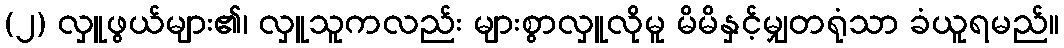
(၂) လှူဖွယ်များ၏၊ လှူသူကလည်း များစွာလှူလိုမူ မိမိနှင့်မျှတရုံသာ ခံယူရမည်။